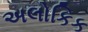
અલોકિક